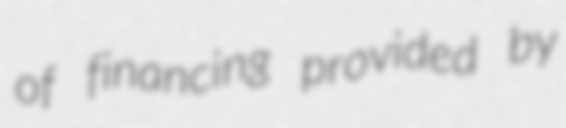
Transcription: of financing provided by